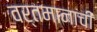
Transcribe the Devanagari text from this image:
वर्तमानाची